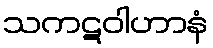
သကဋဝါဟာနံ